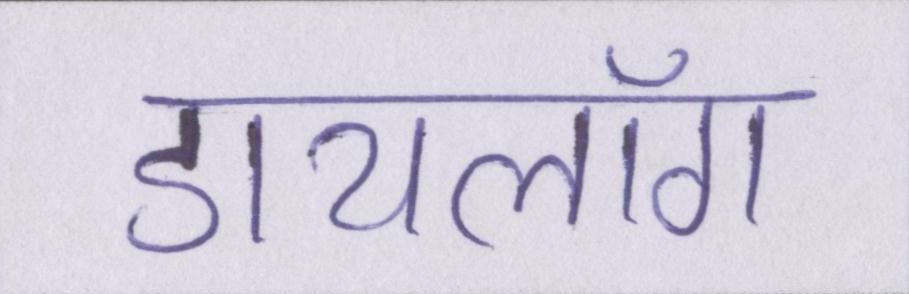
डायलॉग